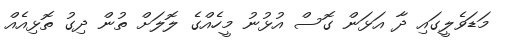
މަޑަވެލީގައި ދާ އަޅަން ގޮސް އުޅުނު މީހެއްގެ ލޮލަށް ތުން ދިގު ތޮޅިއެއް